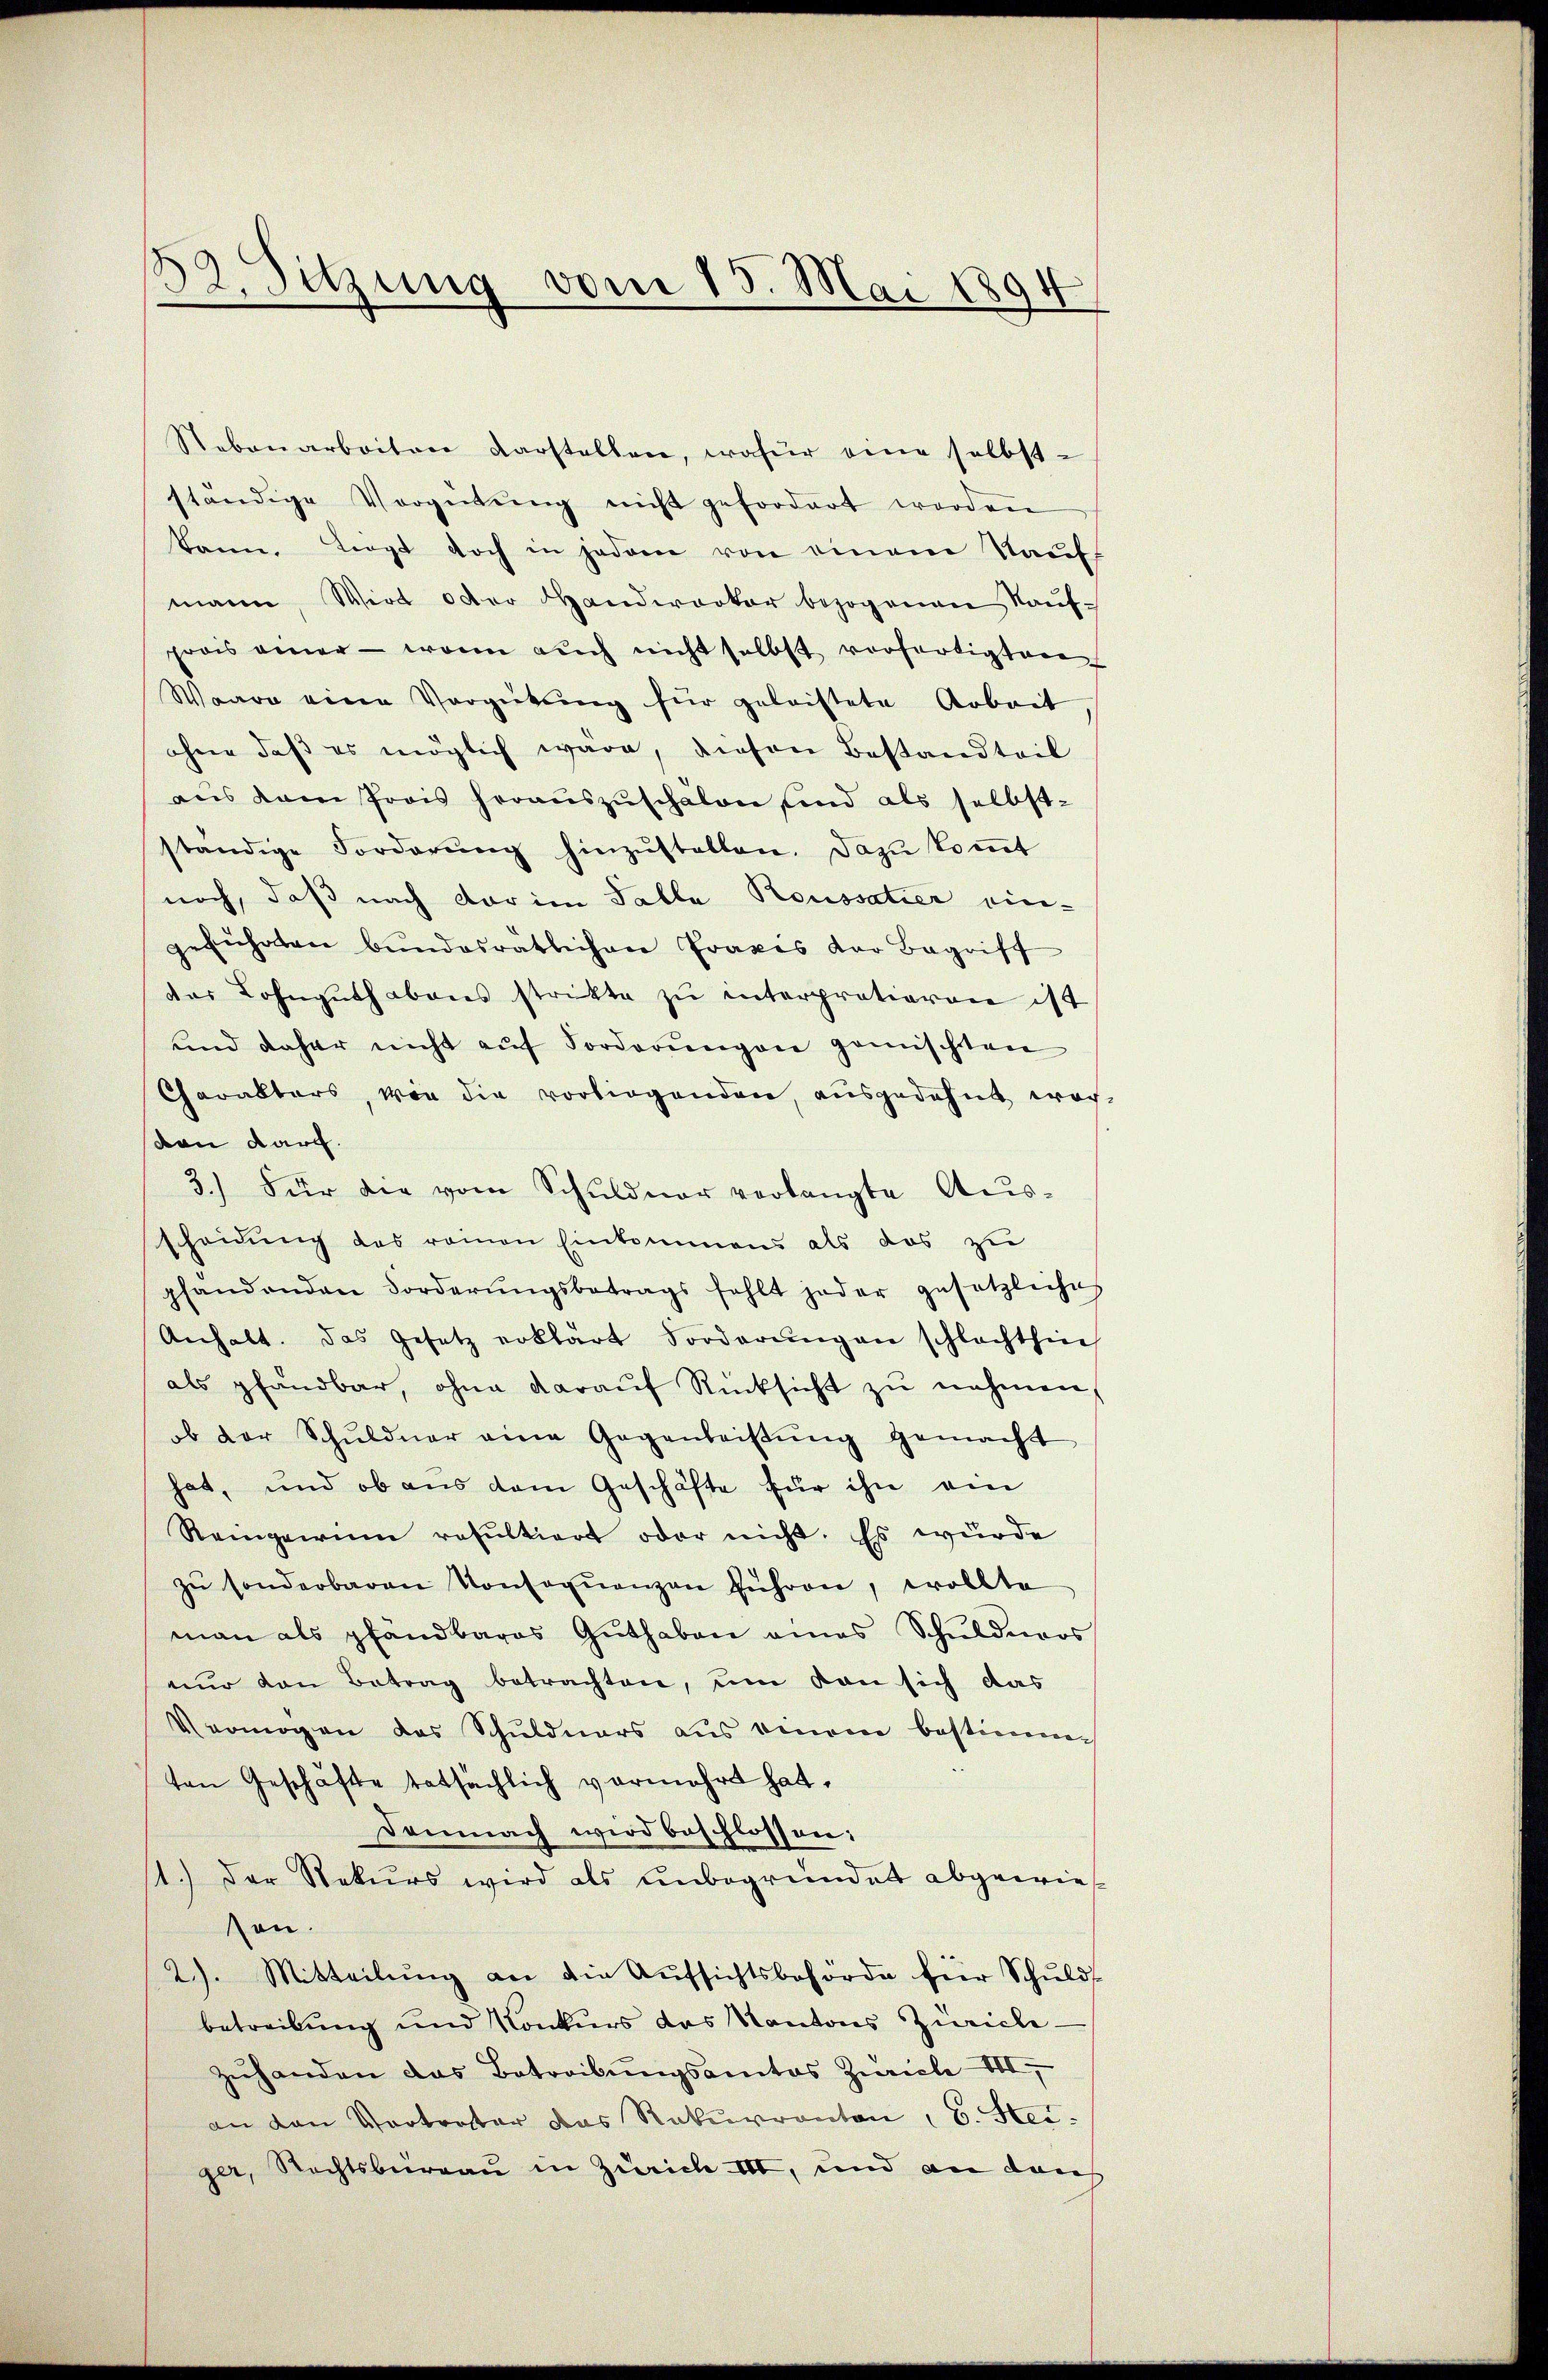
82. Sitzung vom 15. Mai 1894

Stebenarbeiten darstellen, wofür eine selbst-
ständige Vorgetŭng nicht gefordert worden
kann. Liegt doch in jedem von einem Kaŭf
mann, Wirt oder Handwerker bezogenen Kaŭf-
prois einer - wenn auch nicht selbst verfertigten
Waare eine Vergütung für geleistete Arbeit
ohne daß es möglich wäre, diesen Bestandteil
aŭs dem Prois heraŭszŭschalen sind als selbst-
ständige Forderŭng hinzŭstellen. Dazu kommt
noch, daß nach der im Falle Roussatier ein-
geführten Bŭndesrätlichen Frages der Begriff
das Lohngŭthabens strikte zŭ interprationen ist
und daher nicht aŭf Forderŭngen gemischten
Charakters, wie die vorliegenden, ausgedehnt worvan darf.
3.) Für die vom Schuldner verlangte Ausscheidung des reinen Einkommens als das zu
pfandenden Forderŭngsbetrags fehlt jeder gesetzliches
Anhalt. Das Gesetz erklärt Sorderŭngen schlachthin
als pfandbar, ohne daraŭf Rücksicht zŭ nehmen,
ob der Schuldner eine Gegenleistŭng gemacht
hat, und ob aus dem Geschäfte für ihn ein
Remperin resultiert oder nicht. Es wurde
zŭ sonderbaren Konseqŭenzen führen, wollte
man als pfandbares Guthaben eines Schŭldmoos
nur den Betrag betrachten, um von sich das
Vermögen das Schuldners aus einem bestimm
ten Geschäfte tatsächlich vermehrt hat,
Demnach wird beschlossen:
1.) Der Rekurs wird als unbegründet abgewiesen.
2). Mitteilŭng an die Aufsichtsbehörde für Schuld
betreibung und Konkurs das Kantons Zürich¬
Zŭhanden das Betreibŭngsamtes Zürich VII,
an den Vortrater das Rekurranton, b. Steiger, Rechtsbureau in Zürich III, und an dan